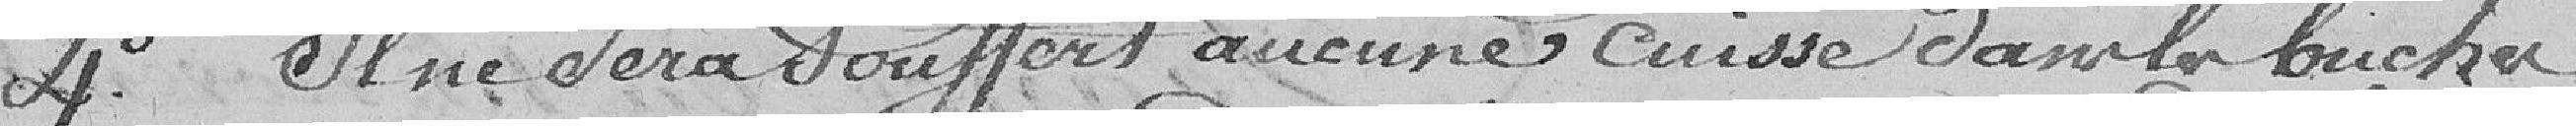
4° Il ne sera souffert aucune cuisse dans le bucher.